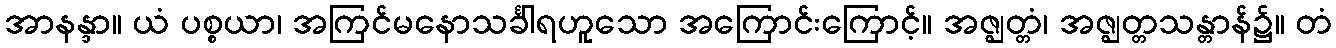
အာနန္ဒာ။ ယံ ပစ္စယာ၊ အကြင်မနောသင်္ခါရဟူသော အကြောင်းကြောင့်။ အဇ္ဈတ္တံ၊ အဇ္ဈတ္တသန္တာန်၌။ တံ